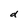
Character: d